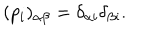
LaTeX: ( p _ { i } ) _ { \alpha \beta } = \delta _ { \alpha i } \delta _ { \beta i } .